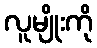
လူမျိုးကို